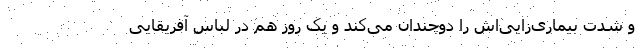
و شدت بیماری‌زایی‌اش را دوچندان می‌کند و یک روز هم در لباس آفریقایی